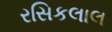
રસિકલાલ